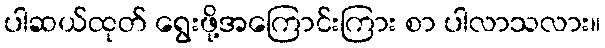
ပါဆယ်ထုတ် ရွေးဖို့အကြောင်းကြား စာ ပါလာသလား။